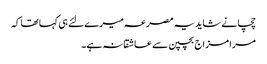
چچا نے شاید یہ مصرعہ میرے لئے ہی کہا تھا کہ
مرا مزاج بچپن سے عاشقانہ ہے۔